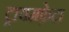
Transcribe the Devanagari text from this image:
ट्रायमफ़ेटा